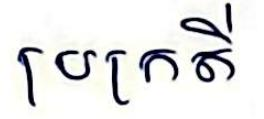
ប្រក្រតី